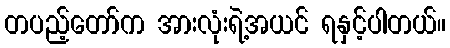
တပည့်တော်က အားလုံးရဲ့အယင် ရနှင့်ပါတယ်။